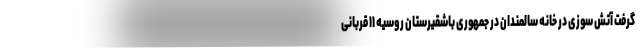
گرفت آتش سوزی در خانه سالمندان در جمهوری باشقیرستان روسیه ۱۱ قربانی